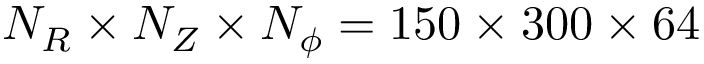
N _ { R } \times N _ { Z } \times N _ { \phi } = 1 5 0 \times 3 0 0 \times 6 4